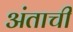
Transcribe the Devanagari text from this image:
अंताची